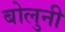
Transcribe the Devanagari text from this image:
बोलुनी